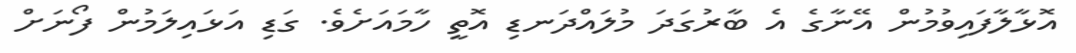
އޮޅާލާފައިވުމުން އޭނާގެ އެ ބާރުގަދަ މުލައްދަނޑި އޮތީ ހާމައަށެވެ. ގަޑި އަޅައިލަމުން ފޯނަށް